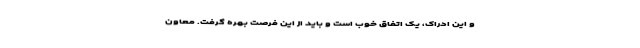
و این ادراک، یک اتفاق خوب است و باید از این فرصت بهره گرفت. معاون